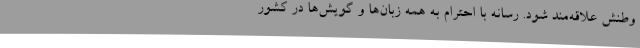
وطنش علاقه‌مند شود. رسانه با احترام به همه زبان‌ها و گویش‌ها در کشور